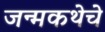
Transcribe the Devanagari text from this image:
जन्मकथेचे